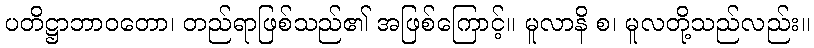
ပတိဋ္ဌာဘာဝတော၊ တည်ရာဖြစ်သည်၏ အဖြစ်ကြောင့်။ မူလာနိ စ၊ မူလတို့သည်လည်း။